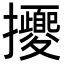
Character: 𢺕